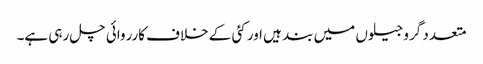
متعدد گرو جیلوں میں بند ہیں اور کئی کے خلاف کارروائی چل رہی ہے۔